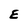
Character: E